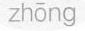
zhōng